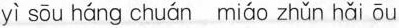
yì sōu háng chuán miáo zhǔn hǎi ōu